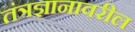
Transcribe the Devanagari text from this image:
तंत्रज्ञानावरील